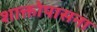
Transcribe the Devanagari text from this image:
शाक्तोपासना